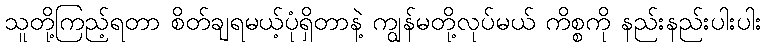
သူတို့ကြည့်ရတာ စိတ်ချရမယ့်ပုံရှိတာနဲ့ ကျွန်မတို့လုပ်မယ် ကိစ္စကို နည်းနည်းပါးပါး